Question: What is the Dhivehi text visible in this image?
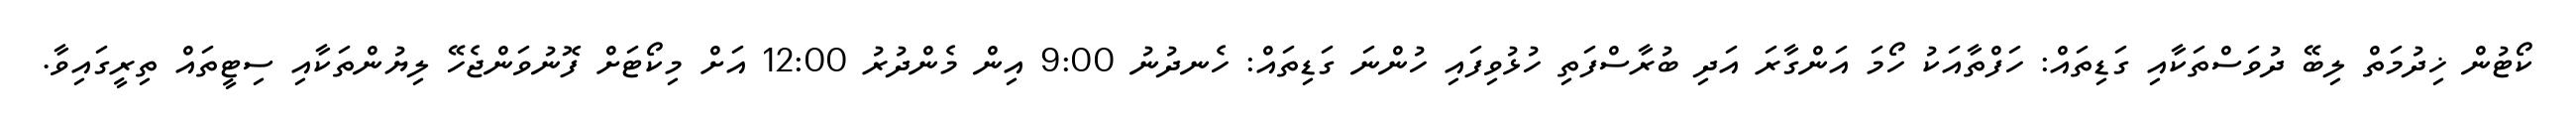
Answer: ކޯޓުން ޚިދުމަތް ލިބޭ ދުވަސްތަކާއި ގަޑިތައް: ހަފްތާއަކު ހޯމަ އަންގާރަ އަދި ބުރާސްފަތި ހުޅުވިފައި ހުންނަ ގަޑިތައް: ހެނދުނު 9:00 އިން މެންދުރު 12:00 އަށް މިކޯޓަށް ފޮނުވަންޖެހޭ ލިޔުންތަކާއި ސިޓީތައް ތިރީގައިވާ.